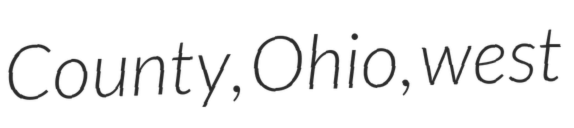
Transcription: County, Ohio, west